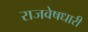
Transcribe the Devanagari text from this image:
राजवेषधारी